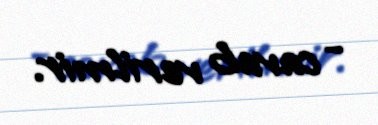
- cavab verilmir.